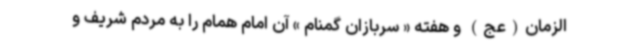
الزمان(عج) و هفته « سربازان گمنام » آن امام همام را به مردم شریف و